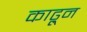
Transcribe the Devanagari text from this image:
काढू्न